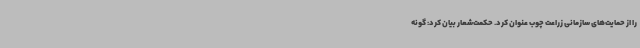
را از حمایت‌های سازمانی زراعت چوب عنوان کرد. حکمت‌شعار بیان کرد: گونه